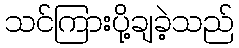
သင်ကြားပို့ချခဲ့သည်